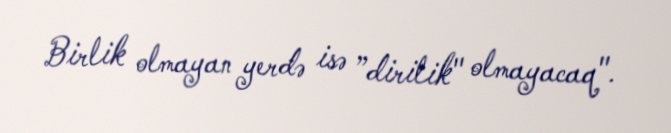
Birlik olmayan yerdə isə ”dirilik" olmayacaq".